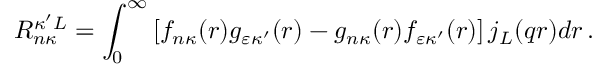
R _ { n \kappa } ^ { \kappa ^ { \prime } L } = \int _ { 0 } ^ { \infty } \left[ f _ { n \kappa } { ( r ) } g _ { \varepsilon \kappa ^ { \prime } } { ( r ) } - g _ { n \kappa } { ( r ) } f _ { \varepsilon \kappa ^ { \prime } } { ( r ) } \right] j _ { L } { ( q r ) } d r \, .